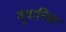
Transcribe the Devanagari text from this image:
गूमानिक